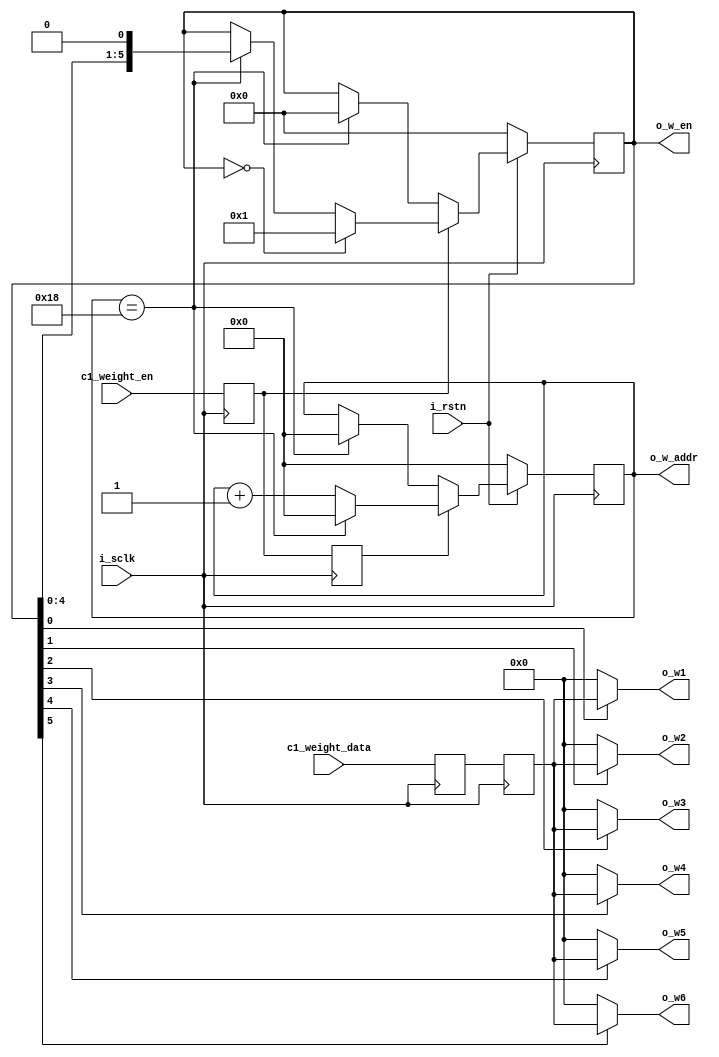
`timescale 1ns / 1ps
//////////////////////////////////////////////////////////////////////////////////
// Company: 
// Engineer: 
// 
// Design Name: 
// Module Name: buffer_c1_weight
// Project Name: 
// Target Devices: 
// Tool Versions: 
// Description: 
// 
// Dependencies: 
// 
// Revision:
// Revision 0.01 - File Created
// Additional Comments:
// 
//////////////////////////////////////////////////////////////////////////////////


module buffer_c1_weight#(
	parameter				WD  = 8,
	parameter				NW  = 25,
	parameter				NUM = 6
)(
	input	wire			i_sclk,
	input	wire			i_rstn,
	
	
	input   wire[WD-1:0]    c1_weight_data,
        input   wire            c1_weight_en,
	
	output	wire[NUM-1:0]	o_w_en,
	output	wire[WD-1:0]	o_w1,
	output	wire[WD-1:0]	o_w2,
	output	wire[WD-1:0]	o_w3,
	output	wire[WD-1:0]	o_w4,
	output	wire[WD-1:0]	o_w5,
	output	wire[WD-1:0]	o_w6,
	output	wire[4:0]		o_w_addr
);

//------------------------------------------//
//					PARAM					//
//------------------------------------------//
parameter	PARA_NUM = NW*NUM;
//------------------------------------------//
//					SIGNAL					//
//------------------------------------------//

reg [NUM-1:0]		rd_en_s;
reg [4:0]			cnt_nw;
reg                 c1_weight_en_a;
reg                 c1_weight_en_b;
reg [WD-1:0]        c1_weight_data_a;
reg [WD-1:0]        c1_weight_data_b;


//------------------------------------------//
//					CODE					//
//------------------------------------------//


always@(posedge i_sclk)
begin
c1_weight_en_a <= c1_weight_en;
c1_weight_en_b <= c1_weight_en_a;
c1_weight_data_a <= c1_weight_data;
c1_weight_data_b <= c1_weight_data_a;
end

always@(posedge i_sclk)
	if(!i_rstn)				
	  rd_en_s <= 'd0;
	else 
	begin
	  if(c1_weight_en_a)	
	    begin
		  if(rd_en_s == 'd0)
		    rd_en_s <= 'd1;
		  else
		    begin
	          if(cnt_nw==NW-1)	
		        rd_en_s <= rd_en_s<<1;
		    end    
	    end
	   else
	     begin
	       if(cnt_nw==NW-1)
		     rd_en_s <= 'd0;
		   else
		     rd_en_s <= rd_en_s;
		 end
    end
	
always @(posedge i_sclk)
  if(!i_rstn)
    cnt_nw <= 'd0;
  else
  begin
	if(c1_weight_en_b)
	begin
		if(cnt_nw==NW-1)	cnt_nw <= 'd0;
		else				cnt_nw <= cnt_nw + 'd1;
	end
	else					
	  begin
	    if(cnt_nw==NW-1)
	      cnt_nw <= 'd0;
		else
		  cnt_nw <= cnt_nw;
	  end
  end  

assign o_w_en = rd_en_s;

assign o_w1 = rd_en_s[0] ? c1_weight_data_b:'d0;
assign o_w2 = rd_en_s[1] ? c1_weight_data_b:'d0;
assign o_w3 = rd_en_s[2] ? c1_weight_data_b:'d0;
assign o_w4 = rd_en_s[3] ? c1_weight_data_b:'d0;
assign o_w5 = rd_en_s[4] ? c1_weight_data_b:'d0;
assign o_w6 = rd_en_s[5] ? c1_weight_data_b:'d0;

assign o_w_addr = cnt_nw;

endmodule